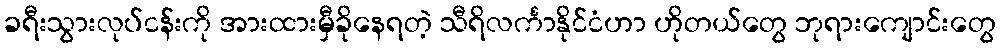
ခရီးသွားလုပ်ငန်းကို အားထားမှီခိုနေရတဲ့ သီရိလင်္ကာနိုင်ငံဟာ ဟိုတယ်တွေ ဘုရားကျောင်းတွေ